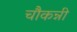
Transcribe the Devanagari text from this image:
चौकन्नी